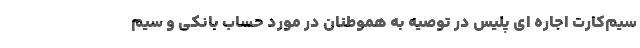
سیم‌کارت اجاره ای پلیس در توصیه به هموطنان در مورد حساب بانکی و سیم